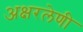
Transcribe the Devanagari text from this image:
अक्षरलेणी